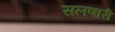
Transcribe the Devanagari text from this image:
सलणारी